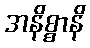
အနိစ္စာနိ